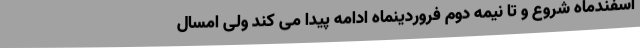
اسفندماه شروع و تا نیمه دوم فروردینماه ادامه پیدا می کند ولی امسال